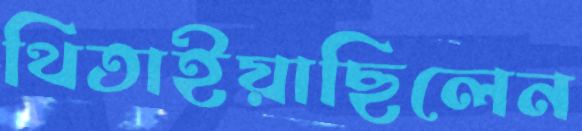
থিতাইয়াছিলেন